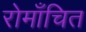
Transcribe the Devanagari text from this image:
रोमाँचित